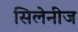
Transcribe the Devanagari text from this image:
सिलेनीज